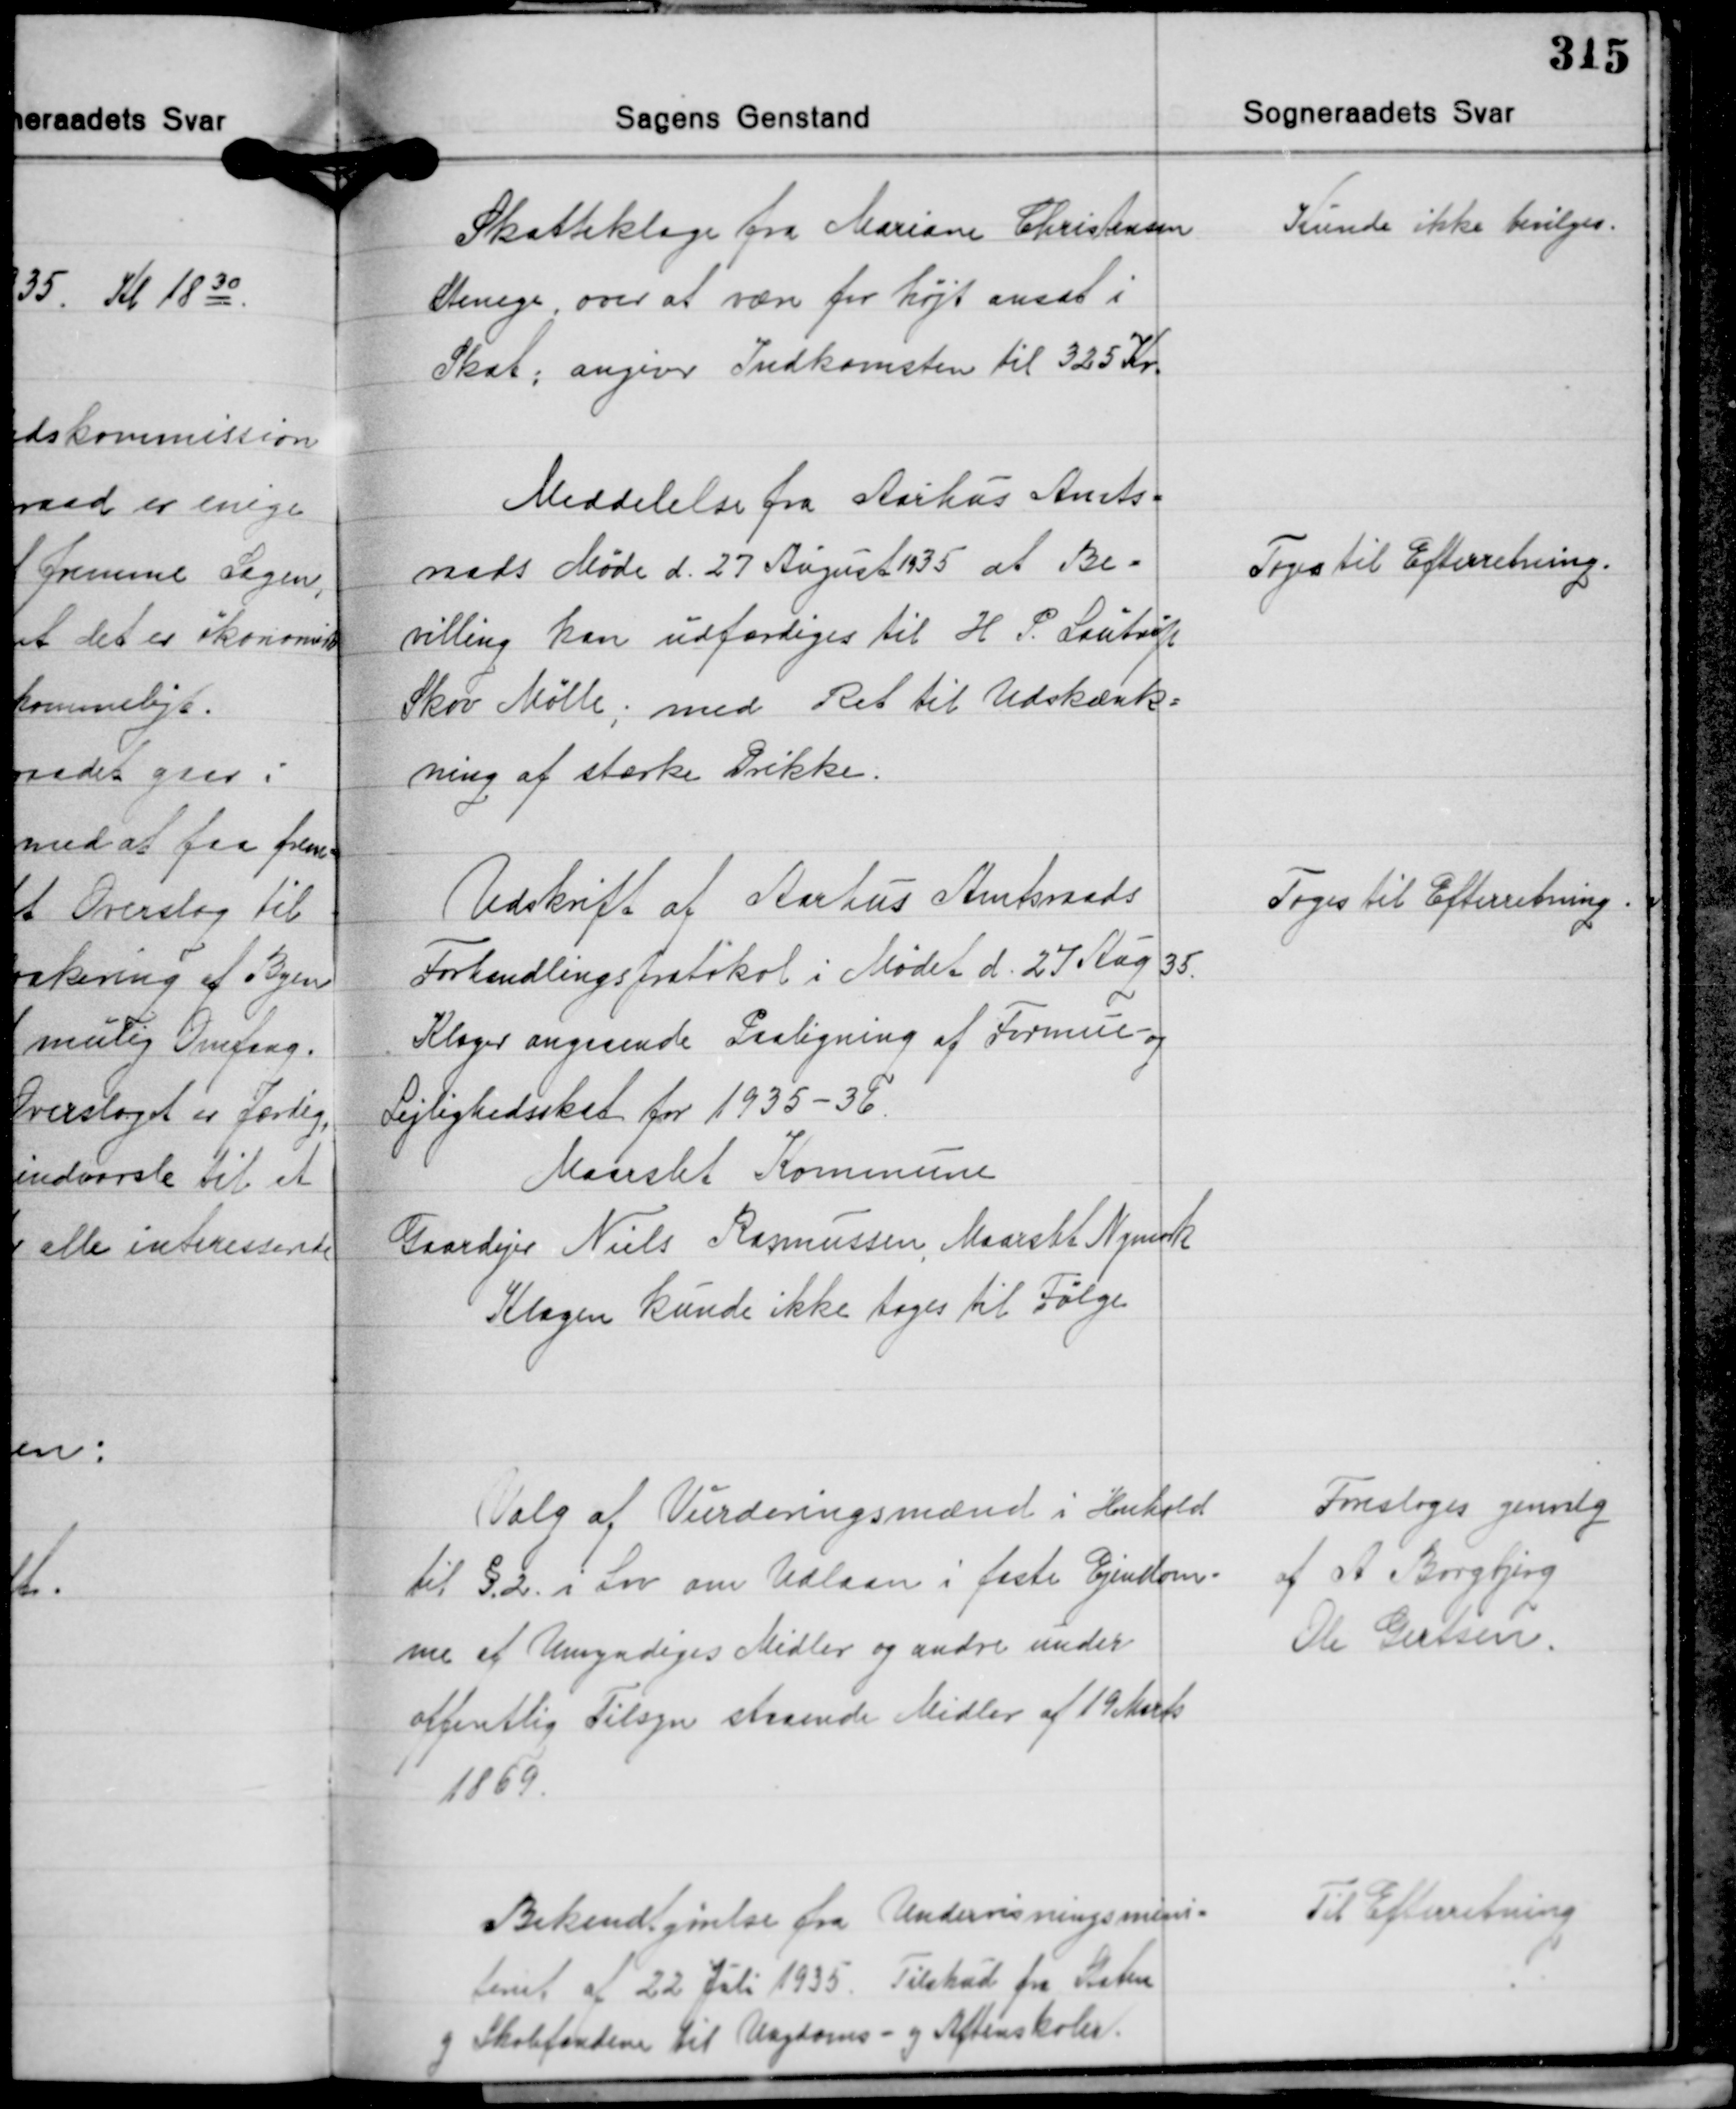
Transskription:
Skatteklage fra Mariane Christensen
Stenege over at være for højt ansat i
Skat; angiver Indkomsten til 325 Kr.

Kunde ikke bevilges.

Meddelelse fra Aarhus Amts-
raads Møde d. 27 August 1935 at Be-
villing kan udfærdiges til H. P. Lautrup
Skov Mølle; med Ret til Udskænk-
ning af stærke Drikke.

Toges til Efterretning.

Udskrift af Aarhus Amtsraads
Forhandlingsprotokol i Mødet d. 27 Aug. 35.
Klager angaaende Paaligning af Formue- og
Lejlighedsskat for 1935-36.
Maarslet Kommune
Gaardejer Niels Rasmussen, Maarslet Nymark
Klagen kunde ikke tages til Følge

Toges til Efterretning.

Valg af Vurderingsmænd i Henhold
til § 2. i Lov om Udlaan i faste Ejendom-
me af Umyndiges Midler og andre under
offentlig tilsyn staaende Midler af 19 Marts
1869

Foresloges genvalg
af A. Borgbjerg
Ole Gertsen.

Bekendtgørelse fra Undervisningsmini-
steriet af 22 Juli 1935. Tilskud fra Staten
og Skolefondene til Udgdoms- og Aftenskoler.

Til Efterretning